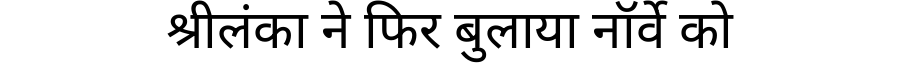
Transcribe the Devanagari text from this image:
श्रीलंका ने फिर बुलाया नॉर्वे को